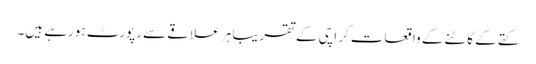
کتے کے کاٹنے کے واقعات کراچی کے تقریبا ہر علاقے سے رپورٹ ہورہے ہیں۔